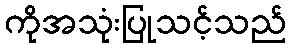
ကိုအသုံးပြုသင့်သည်